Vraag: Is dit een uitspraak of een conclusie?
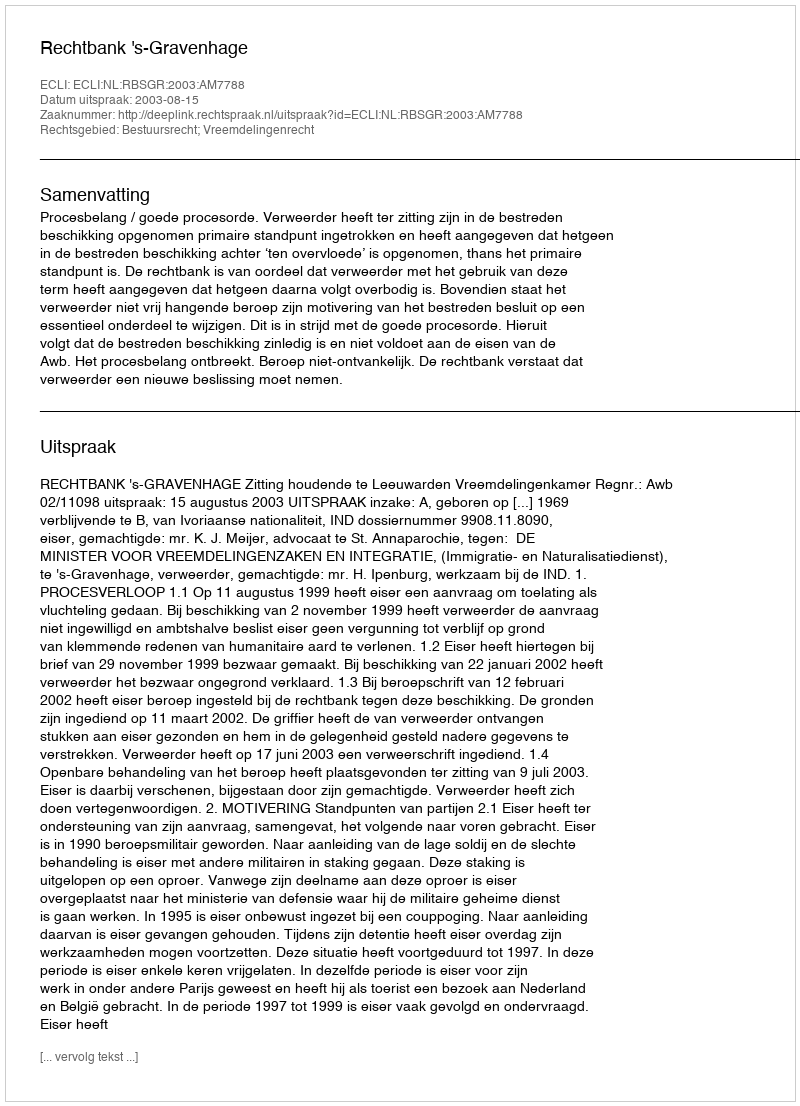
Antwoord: Uitspraak